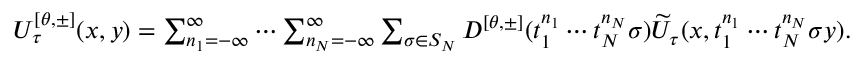
\begin{array} { r } { U _ { \tau } ^ { [ \theta , \pm ] } ( x , y ) = \sum _ { n _ { 1 } = - \infty } ^ { \infty } \cdots \sum _ { n _ { N } = - \infty } ^ { \infty } \sum _ { \sigma \in S _ { N } } D ^ { [ \theta , \pm ] } ( t _ { 1 } ^ { n _ { 1 } } \cdots t _ { N } ^ { n _ { N } } \sigma ) \widetilde { U } _ { \tau } ( x , t _ { 1 } ^ { n _ { 1 } } \cdots t _ { N } ^ { n _ { N } } \sigma y ) . } \end{array}